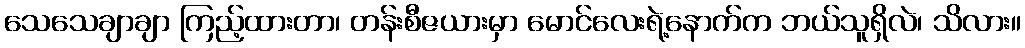
သေသေချာချာ ကြည့်ထားတာ၊ တန်းစီဇယားမှာ မောင်လေးရဲ့နောက်က ဘယ်သူရှိလဲ၊ သိလား။